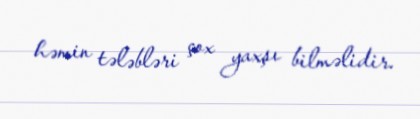
həmin tələbləri çox yaxşı bilməlidir.